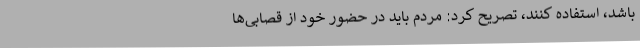
باشد، استفاده کنند، تصریح کرد: مردم باید در حضور خود از قصابی‌ها